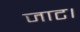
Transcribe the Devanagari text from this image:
जाट।